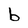
Character: b